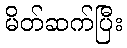
မိတ်ဆက်ပြီး